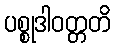
ပစ္စုဒါဝတ္တတိ